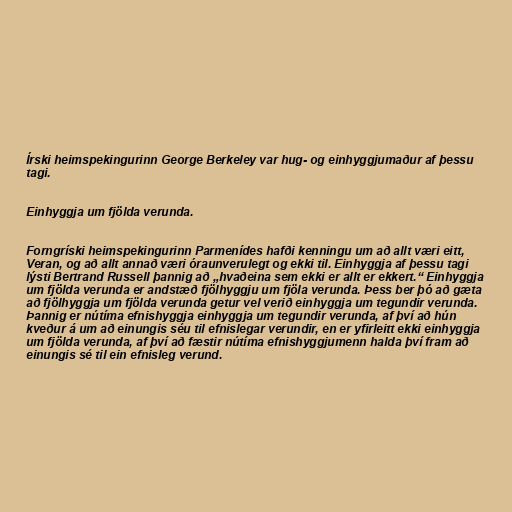
Írski heimspekingurinn George Berkeley var hug- og einhyggjumaður af þessu
tagi.

Einhyggja um fjölda verunda.

Forngríski heimspekingurinn Parmenídes hafði kenningu um að allt væri eitt,
Veran, og að allt annað væri óraunverulegt og ekki til. Einhyggja af þessu tagi
lýsti Bertrand Russell þannig að „hvaðeina sem ekki er allt er ekkert.“ Einhyggja
um fjölda verunda er andstæð fjölhyggju um fjöla verunda. Þess ber þó að gæta
að fjölhyggja um fjölda verunda getur vel verið einhyggja um tegundir verunda.
Þannig er nútíma efnishyggja einhyggja um tegundir verunda, af því að hún
kveður á um að einungis séu til efnislegar verundir, en er yfirleitt ekki einhyggja
um fjölda verunda, af því að fæstir nútíma efnishyggjumenn halda því fram að
einungis sé til ein efnisleg verund.